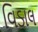
વિડાલ